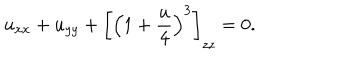
LaTeX: u _ { x x } + u _ { y y } + \left[ \left( 1 + { \frac { u } { 4 } } \right) ^ { 3 } \right] _ { z z } = 0 .